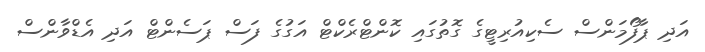
އަދި ޕާފޯމަންސް ސެކިއުރިޓީގެ ގޮތުގައި ކޮންޓްރެކްޓް އަގުގެ ފަސް ޕަސެންޓް އަދި އެޑްވާންސް